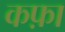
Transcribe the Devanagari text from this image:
कफ़ा